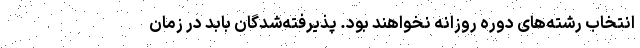
انتخاب رشته‌های دوره روزانه نخواهند بود. پذیرفته‌شدگان بابد در زمان